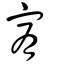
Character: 宥